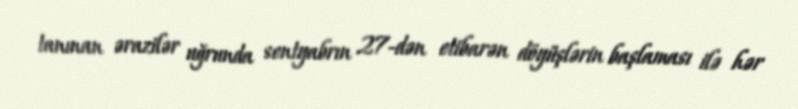
tanınan ərazilər uğrunda sentyabrın 27-dən etibarən döyüşlərin başlaması ilə hər